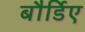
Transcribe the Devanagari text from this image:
बौर्डिए